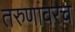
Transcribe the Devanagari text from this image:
तरुणांवरच